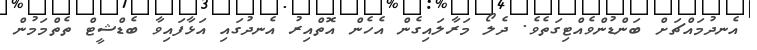
އެނދުމައްޗަށް ބަންޑުންވެއްޓިގަތެވެ. ދެލޯ މަރާލައިގެން އެހެން އޮތްއިރު އެނދުގައި އަޅާފައިވާ ބެޑްޝީޓް ތެތްމަމުން